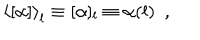
LaTeX: \left< [ \alpha ] \right> _ { l } \equiv [ \alpha ] _ { l } \equiv \alpha ( l ) ~ ~ ,